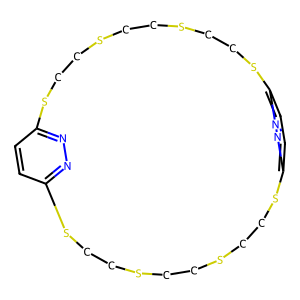
SMILES: c1cc2nnc1SCCSCCSCCSc1ccc(nn1)SCCSCCSCCS2
Inhibits HIV replication: No